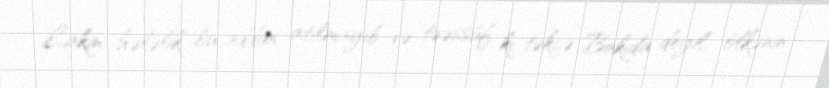
Lakin hələlik bu addım atılmayıb və təəssüf ki, təkcə Bakıda deyil, ölkənin